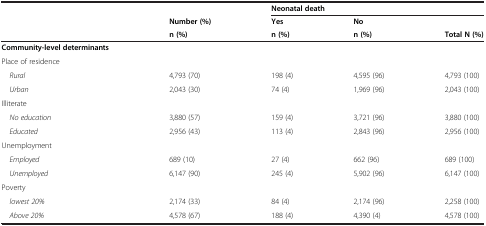
|  |  | <COLSPAN=3> Neonatal death |
 |  | Number (%) | Yes | No |  |
 |  | n (%) | n (%) | n (%) | Total N (%) |
 | --- | --- | --- | --- | --- |
 | Community-level determinants |  |  |  |  |
 | Place of residence |  |  |  |  |
 | Rural | 4,793 (70) | 198 (4) | 4,595 (96) | 4,793 (100) |
 | Urban | 2,043 (30) | 74 (4) | 1,969 (96) | 2,043 (100) |
 | Illiterate |  |  |  |  |
 | No education | 3,880 (57) | 159 (4) | 3,721 (96) | 3,880 (100) |
 | Educated | 2,956 (43) | 113 (4) | 2,843 (96) | 2,956 (100) |
 | Unemployment |  |  |  |  |
 | Employed | 689 (10) | 27 (4) | 662 (96) | 689 (100) |
 | Unemployed | 6,147 (90) | 245 (4) | 5,902 (96) | 6,147 (100) |
 | Poverty |  |  |  |  |
 | lowest 20% | 2,174 (33) | 84 (4) | 2,174 (96) | 2,258 (100) |
 | Above 20% | 4,578 (67) | 188 (4) | 4,390 (4) | 4,578 (100) |